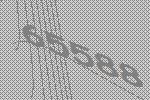
65588